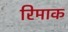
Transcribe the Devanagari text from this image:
रिमाक